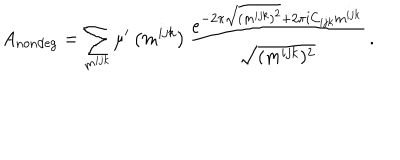
A _ { \mathrm { n o n d e g } } = \sum _ { m ^ { i j k } } \mu ^ { \prime } \left( m ^ { i j k } \right) \frac { e ^ { - 2 \pi \sqrt { ( m ^ { i j k } ) ^ { 2 } } + 2 \pi i C _ { i j k } m ^ { i j k } } } { \sqrt { ( m ^ { i j k } ) ^ { 2 } } } \, .